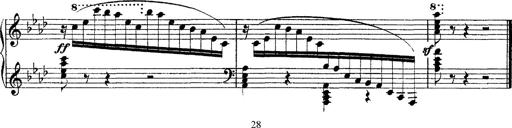
Title: Ã‰tudes d'exÃ©cution transcendante d'aprÃ¨s Paganini
Composer: Franz Liszt